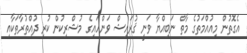
އެގޮތުން މިއުއްމަތުގެ މާތް ނަބިއްޔާ ވަނީ ޤުރައިޝް ވަންހައިގެ މުޝްރިކުން ކުރި ދުއްތުރާތަކާއި